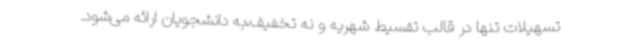
تسهیلات تنها در قالب تقسیط شهریه و نه تخفیف،به دانشجویان ارائه می‌شود.